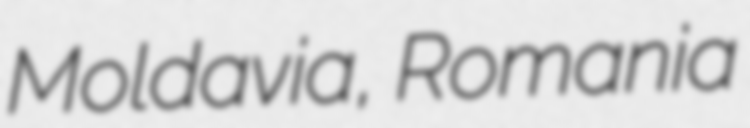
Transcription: Moldavia, Romania